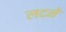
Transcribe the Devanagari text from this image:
लदने